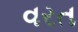
વરત